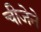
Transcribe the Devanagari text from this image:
चीजेने